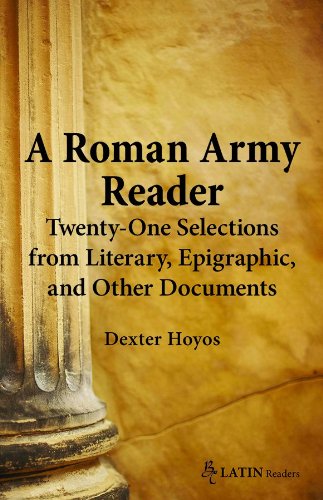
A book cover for A Roman Army Reader: Twenty-One Selections from Literary, Epigraphic, and Other Documents (Bc Latin Readers); Dexter Hoyos; Literature & Fiction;